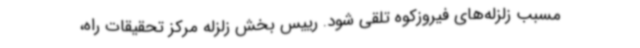
مسبب زلزله‌های فیروزکوه تلقی شود. رییس بخش زلزله مرکز تحقیقات راه،